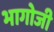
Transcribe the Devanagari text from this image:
भागोजी